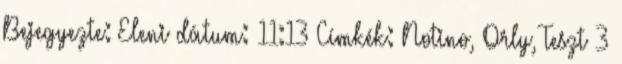
Bejegyezte: Eleni dátum: 11:13 Címkék: Notino, Orly, Teszt 3